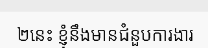
២នេះ ខ្ញុំនឹងមានជំនួបការងារ